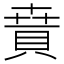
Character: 𧶚